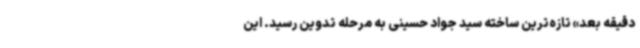
دقیقه بعد» تازه‌ترین ساخته سید جواد حسینی به مرحله تدوین رسید. این